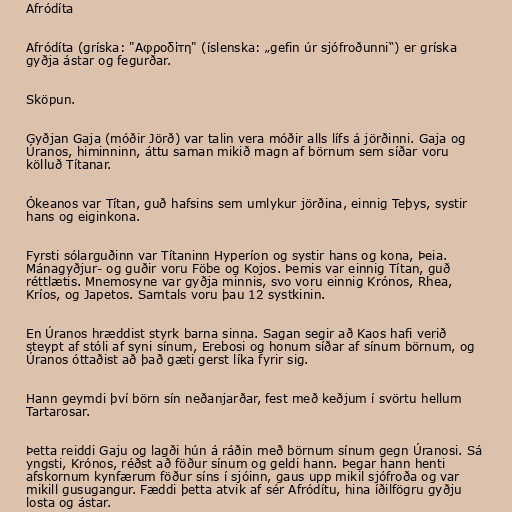
Afródíta

Afródíta (gríska: "Αφροδίτη" (íslenska: „gefin úr sjófroðunni“) er gríska
gyðja ástar og fegurðar.

Sköpun.

Gyðjan Gaja (móðir Jörð) var talin vera móðir alls lífs á jörðinni. Gaja og
Úranos, himinninn, áttu saman mikið magn af börnum sem síðar voru
kölluð Títanar.

Ókeanos var Títan, guð hafsins sem umlykur jörðina, einnig Teþys, systir
hans og eiginkona.

Fyrsti sólarguðinn var Títaninn Hyperíon og systir hans og kona, Þeia.
Mánagyðjur- og guðir voru Föbe og Kojos. Þemis var einnig Títan, guð
réttlætis. Mnemosyne var gyðja minnis, svo voru einnig Krónos, Rhea,
Kríos, og Japetos. Samtals voru þau 12 systkinin.

En Úranos hræddist styrk barna sinna. Sagan segir að Kaos hafi verið
steypt af stóli af syni sínum, Erebosi og honum síðar af sínum börnum, og
Úranos óttaðist að það gæti gerst líka fyrir sig.

Hann geymdi því börn sín neðanjarðar, fest með keðjum í svörtu hellum
Tartarosar.

Þetta reiddi Gaju og lagði hún á ráðin með börnum sínum gegn Úranosi. Sá
yngsti, Krónos, réðst að föður sínum og geldi hann. Þegar hann henti
afskornum kynfærum föður síns í sjóinn, gaus upp mikil sjófroða og var
mikill gusugangur. Fæddi þetta atvik af sér Afródítu, hina íðilfögru gyðju
losta og ástar.